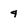
Character: 4